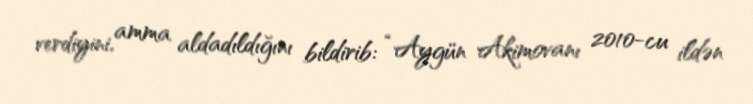
verdiyini, amma aldadıldığını bildirib: “Aygün Akimovanı 2010-cu ildən